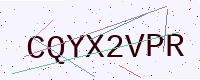
Text: CQYX2VPR